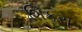
શિકરા